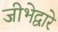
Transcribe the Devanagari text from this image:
जीभेद्वारे